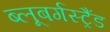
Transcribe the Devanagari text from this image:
ब्‍लूबर्गस्‍ट्रैंड